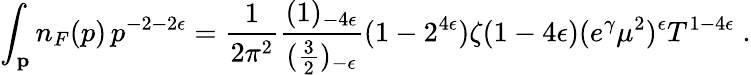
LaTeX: \int_{\mathbf p}n_{F}(p)\, p^{-2-2\epsilon}={\frac{1}{2\pi^{2}}}{\frac{(1)_{-4\epsilon}}{({\frac{3}{2}})_{-\epsilon}}}(1-2^{4\epsilon})\zeta(1-4\epsilon)(e^{\gamma}\mu^{2})^{\epsilon}T^{1-4\epsilon}\; .